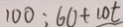
1 0 0 o l o n 6 0 + 1 0 t